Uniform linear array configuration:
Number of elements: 12
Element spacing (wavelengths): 0.5
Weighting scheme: binomial
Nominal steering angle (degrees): -30
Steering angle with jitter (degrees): -30.275
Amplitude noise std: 0.05
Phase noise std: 0.05

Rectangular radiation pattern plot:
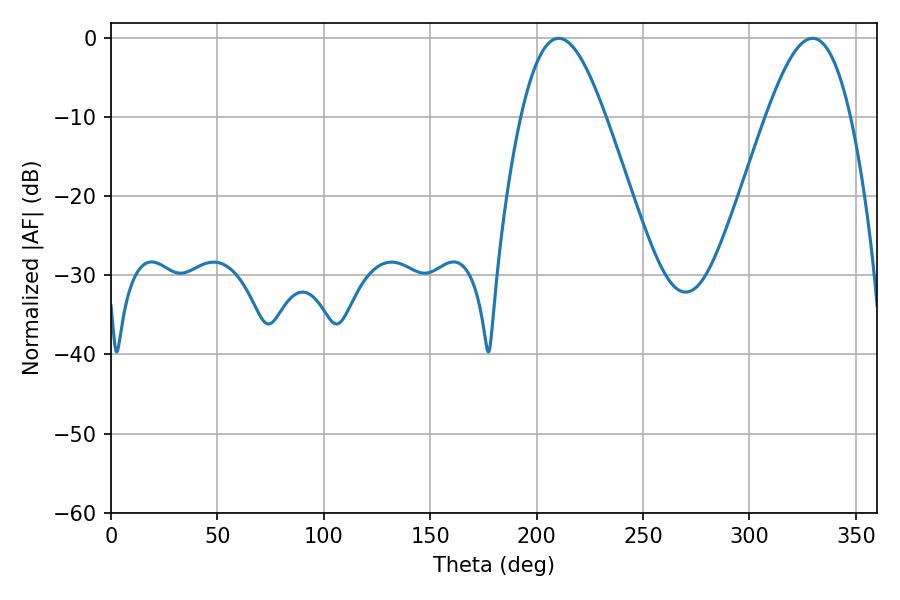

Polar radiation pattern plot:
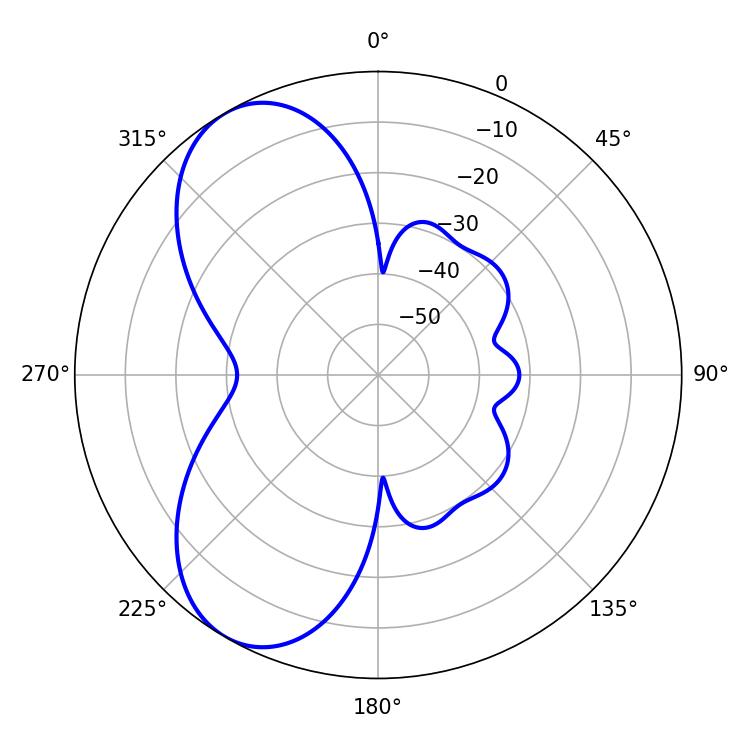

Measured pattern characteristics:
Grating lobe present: FALSE
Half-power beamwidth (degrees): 21.42
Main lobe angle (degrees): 210.42